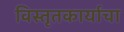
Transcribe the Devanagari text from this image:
विस्तृतकार्याचा